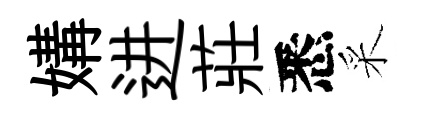
媾进莊悉采